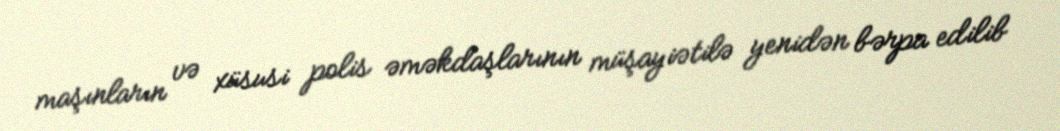
maşınların və xüsusi polis əməkdaşlarının müşayiətilə yenidən bərpa edilib